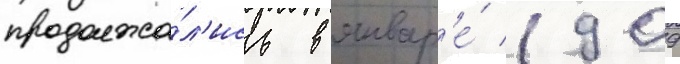
продолжа́л'ись в январ'е́ 1909